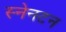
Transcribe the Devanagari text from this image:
स्नेनटन